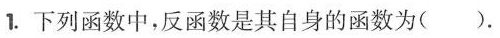
1.下列函数中，反函数是其自身的函数为().